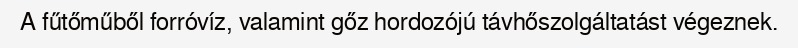
A fűtőműből forróvíz, valamint gőz hordozójú távhőszolgáltatást végeznek.